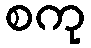
စကု